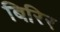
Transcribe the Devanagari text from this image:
बिरिर